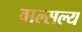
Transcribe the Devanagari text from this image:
वाल्सल्य